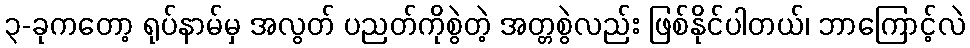
၃-ခုကတော့ ရုပ်နာမ်မှ အလွတ် ပညတ်ကိုစွဲတဲ့ အတ္တစွဲလည်း ဖြစ်နိုင်ပါတယ်၊ ဘာကြောင့်လဲ